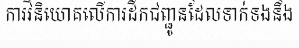
ការវិនិយោគលើការដឹកជញ្ជូនដែលទាក់ទងនឹង